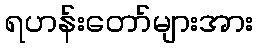
ရဟန်းတော်များအား